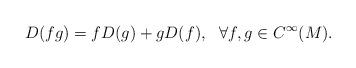
LaTeX: \begin{align*} D(fg)=fD(g)+gD(f),~~\forall f,g\in C^\infty(M). \end{align*}